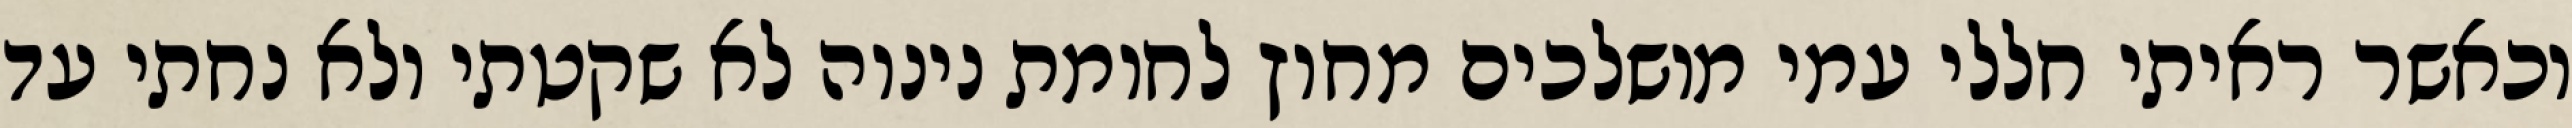
וכאשר ראיתי חללי עמי מושלכים מחוץ לחומת נינוה לא שקטתי ולא נחתי עד